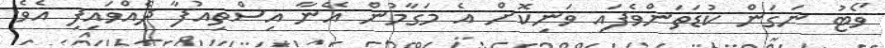
ވޯޓު ނަގަން ކުޑަތަންވެފައި ވަނިކޮށް އެ މަގާމުން އޭނާ އިސްތިއުފާ ދެއްވައިފި އެވެ.